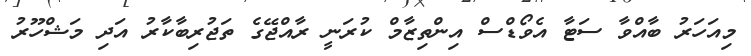
މިއަހަރު ބާއްވާ ސަޓާ އެވޯޑްސް އިންތިޒާމް ކުރަނީ ރާއްޖޭގެ ތަޖުރިބާކާރު އަދި މަޝްހޫރު